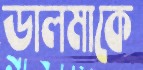
ডালমাকে